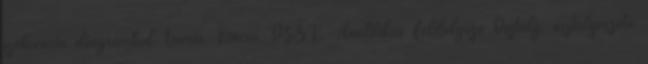
szekvencia diagramból Tamás Kincső, OSZK, Analitikus Feldolgozó Osztály, osztályvezető